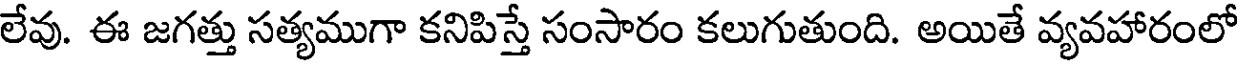
లేవు. ఈ జగత్తు సత్యముగా కనిపిస్తే సంసారం కలుగుతుంది. అయితే వ్యవహారంలో